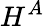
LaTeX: H^{A}